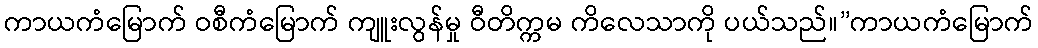
ကာယကံမြောက် ဝစီကံမြောက် ကျူးလွန်မှု ဝီတိက္ကမ ကိလေသာကို ပယ်သည်။”ကာယကံမြောက်